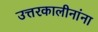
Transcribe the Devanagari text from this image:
उत्तरकालीनांना